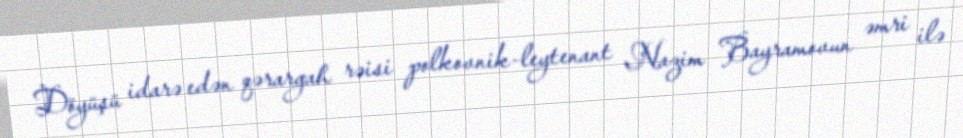
Döyüşü idarə edən qərargah rəisi polkovnik-leytenant Nazim Bayramovun əmri ilə